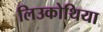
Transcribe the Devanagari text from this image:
लिउकोथिया